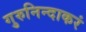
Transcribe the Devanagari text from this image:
गुरुनिन्दाकरं